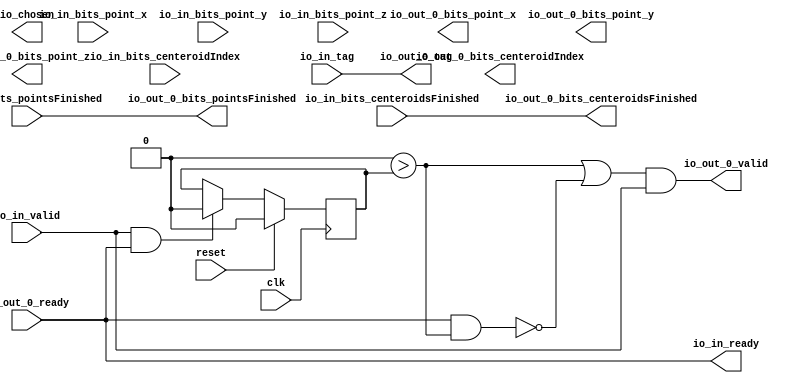
module gRRDistributor_3(input clk, input reset,
    input  io_out_0_ready,
    output io_out_0_valid,
    output io_out_0_bits_centeroidsFinished,
    output io_out_0_bits_pointsFinished,
    output[15:0] io_out_0_bits_centeroidIndex,
    output[63:0] io_out_0_bits_point_x,
    output[63:0] io_out_0_bits_point_y,
    output[63:0] io_out_0_bits_point_z,
    output[9:0] io_out_0_tag,
    output io_in_ready,
    input  io_in_valid,
    input  io_in_bits_centeroidsFinished,
    input  io_in_bits_pointsFinished,
    input [15:0] io_in_bits_centeroidIndex,
    input [63:0] io_in_bits_point_x,
    input [63:0] io_in_bits_point_y,
    input [63:0] io_in_bits_point_z,
    input [9:0] io_in_tag,
    output io_chosen);
  wire T0;
  wire T1;
  wire T2;
  wire T3;
  wire T4;
  reg[0:0] last_grant;
  wire T5;
  wire T6;
  wire T7;
  assign io_in_ready = io_out_0_ready;
  assign io_out_0_valid = T0;
  assign T0 = T1 && io_in_valid;
  assign T1 = T7 || T2;
  assign T2 = ! T3;
  assign T3 = io_out_0_ready && T4;
  assign T4 = 1'h0 > last_grant;
  assign T5 = io_in_valid && io_in_ready;
  assign T6 = T5 ? 1'h0 : last_grant;
  assign T7 = 1'h0 > last_grant;
  assign io_out_0_bits_centeroidsFinished = io_in_bits_centeroidsFinished;
  assign io_out_0_bits_pointsFinished = io_in_bits_pointsFinished;
  assign io_out_0_tag = io_in_tag;
  always @(posedge clk) begin
    if(reset) begin
      last_grant <= 1'h0;
    end else if(T5) begin
      last_grant <= T6;
    end
  end
endmodule